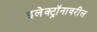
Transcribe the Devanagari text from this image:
इलेक्ट्रॉनावरील